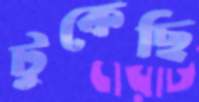
টুকেছি